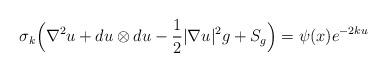
LaTeX: \begin{align*}\sigma_k \Big(\nabla^2 u + d u \otimes du - \frac{1}{2} |\nabla u|^2 g + S_g\Big) = \psi (x) e^{-2ku}\end{align*}